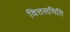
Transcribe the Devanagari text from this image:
वित्तसमिति